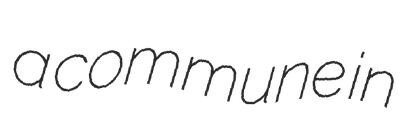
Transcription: a commune in